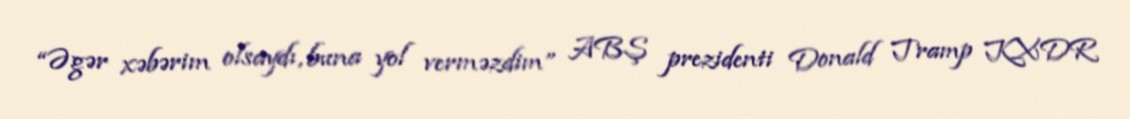
“Əgər xəbərim olsaydı, buna yol verməzdim” ABŞ prezidenti Donald Tramp KXDR